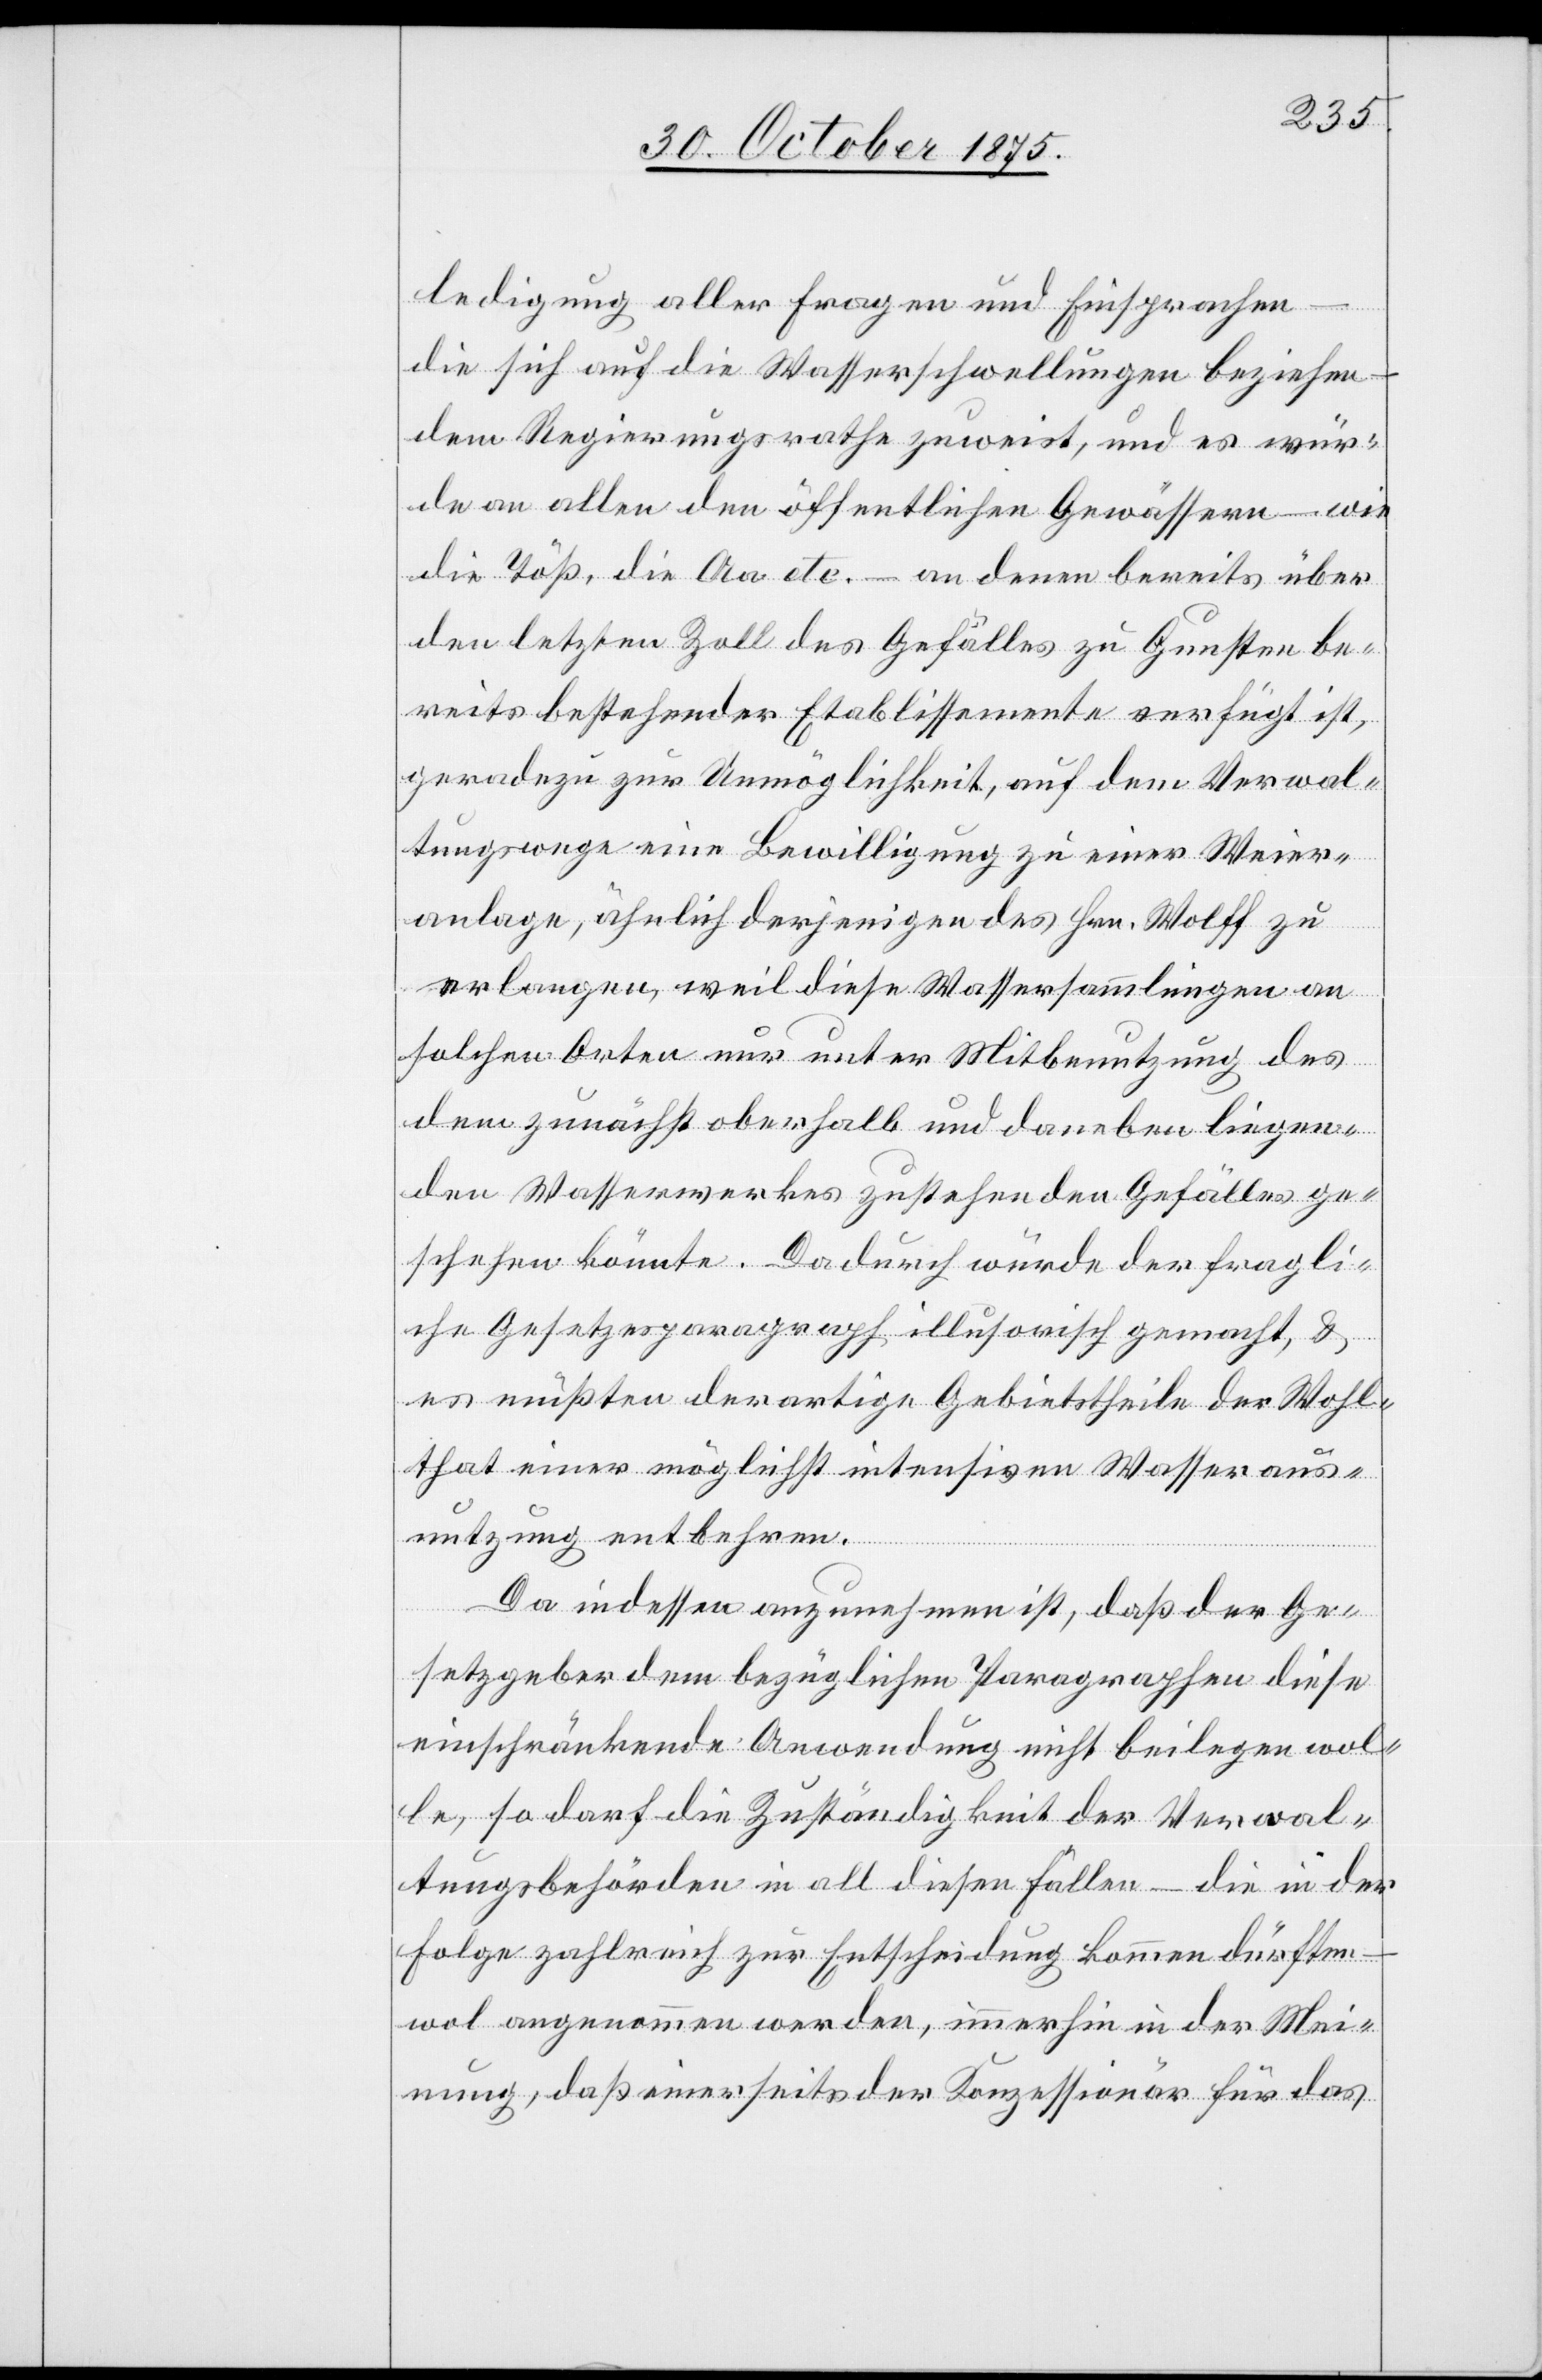
ledigung aller Fragen und Einsprachen
die sich auf die Wasserschwellungen beziehen
dem Regierungsrathe zuweist, und es wür¬
de an allen den öffentlichen Gewässern – wie
die Töß, die Aa etc. – an denen bereits über
den letzten Zoll des Gefälles zu Gunsten be¬
reits bestehender Etablissemente verfügt ist,
geradezu zur Unmöglichkeit, auf dem Verwal¬
tungswege eine Bewilligung zu einer Weier¬
anlage, ähnlich derjenigen des Hrn. Wolff zu
erlangen, weil diese Wassersammlungen an
solchen Orten nur unter Mitbenutzung des
dem zunächst oberhalb und daneben liegen¬
den Wasserwerkes zustehenden Gefälles ge¬
schehen könnte. Dadurch würde der fragli¬
che Gesetzesparagraph illusorisch gemacht, &
es müßten derartige Gebietstheile der Wohl¬
that einer möglichst intensiven Wasseraus¬
nutzung entbehren.
Da indessen anzunehmen ist, daß der Ge¬
setzgeber dem bezüglichen Paragraphen diese
einschränkende Anwendung nicht beilegen wol¬
le, so darf die Zuständigkeit der Verwal¬
tungsbehörden in all diesen Fällen – die in der
Folge zahlreich zur Entscheidung kommen dürften
wol angenommen werden, immerhin in der Mei¬
nung, daß einerseits der Konzessionär für das